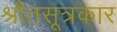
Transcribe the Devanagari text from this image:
श्रौतसूत्रकार